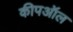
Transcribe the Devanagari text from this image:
कीपऑल